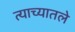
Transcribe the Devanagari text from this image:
त्याच्यातले